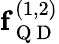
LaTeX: \mathbf{f}_{\mathrm{~Q~D~}}^{(1,2)}